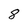
Character: 8